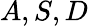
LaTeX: A,S,D